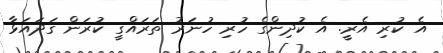
އެ ކުރި އެރީ. އެ ކުދިންގެ ހުރި ހުނަރު ތަރައްގީ ކުރަން ގަދައަޅާ